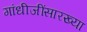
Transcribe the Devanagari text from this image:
गांधीजींसारख्या